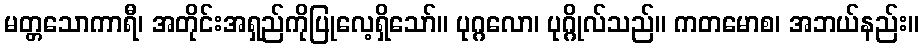
မတ္တသောကာရီ၊ အတိုင်းအရှည်ကိုပြုလေ့ရှိသော်။ ပုဂ္ဂလော၊ ပုဂ္ဂိုလ်သည်။ ကတမောစ၊ အဘယ်နည်း။